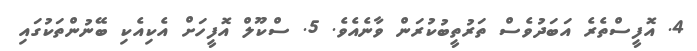
4. އޮފީސްތެރެ އަބަދުވެސް ތަރުތީބުކުރަން ވާނެއެވެ. 5. ސްކޫލް އޮފީހަށް އެކިއެކި ބޭނުންތަކުގައި